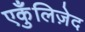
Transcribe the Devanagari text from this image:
एकुँलिज़ेद